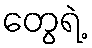
တွေရဲ့